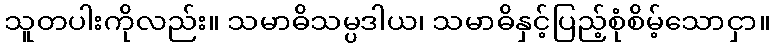
သူတပါးကိုလည်း။ သမာဓိသမ္ပဒါယ၊ သမာဓိနှင့်ပြည့်စုံစိမ့်သောငှာ။